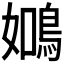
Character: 𬷑